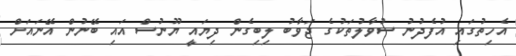
އެހިތުގައި އުފެދުނު ސުވާލުތަކުގެ ޖަވާބު ލިބިގެން ދިޔައީ ޔޫނުސް އައި ބޭނުން އޭނައަށް